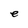
Character: e